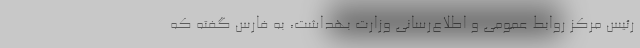
رئیس مرکز روابط‌ عمومی و اطلاع‌رسانی وزارت بهداشت، به فارس گفته که